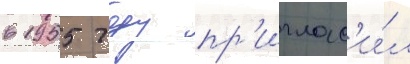
в 1955 году пр'иглас'и́л